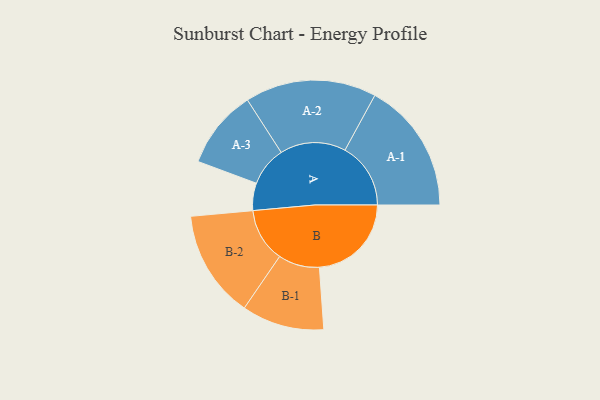
{"axis": {"x": "Segment", "y": "Value"}, "legend": ["", "A", "B"], "data": [{"x": "A", "y": 123, "type": ""}, {"x": "B", "y": 413, "type": ""}, {"x": "A-1", "y": 295, "type": "A"}, {"x": "A-2", "y": 295, "type": "A"}, {"x": "A-3", "y": 177, "type": "A"}, {"x": "B-1", "y": 185, "type": "B"}, {"x": "B-2", "y": 242, "type": "B"}]}